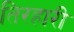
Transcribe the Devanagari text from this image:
तिरहारी